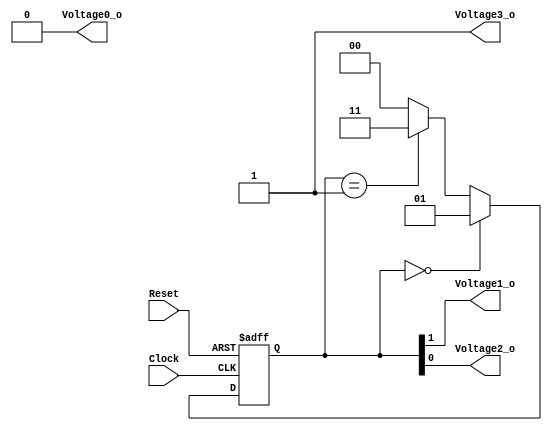
// This program was cloned from: https://github.com/leonow32/verilog-fpga
// License: MIT License

// 231031

`default_nettype none
module VIM828_PWM(
	input wire 	Clock,
	input wire 	Reset,
	output wire	Voltage0_o,	// Output 0% duty cycle
	output wire	Voltage1_o,	// Output 33% duty cycle
	output wire	Voltage2_o,	// Output 66% duty cycle
	output wire	Voltage3_o	// Output 100% duty cycle
);
	
	// Simple State machine
	reg [1:0] State /* synthesis syn_state_machine = 1 */;
	always @(posedge Clock, negedge Reset) begin
		if(!Reset)
			State <= 2'b00;
		else if(State == 2'b00)
			State <= 2'b01;
		else if(State == 2'b01)
			State <= 2'b11;
		else
			State <= 2'b00;
	end
	
	// Assign outputs
	assign Voltage0_o = 1'b0;
	assign Voltage1_o = State[1];
	assign Voltage2_o = State[0];
	assign Voltage3_o = 1'b1;

endmodule

`default_nettype wire